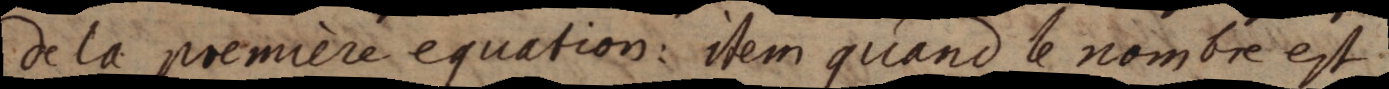
de la première equation: item quand le nombre est